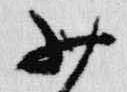
少